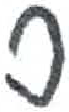
אות: ס